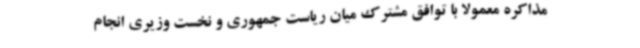
مذاکره معمولا با توافق مشترک میان ریاست جمهوری و نخست وزیری انجام